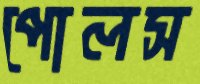
পোলস